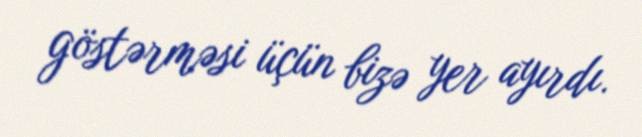
göstərməsi üçün bizə yer ayırdı.